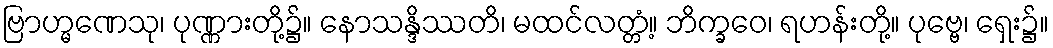
ဗြာဟ္မဏေသု၊ ပုဏ္ဏားတို့၌။ နောသန္ဒိဿတိ၊ မထင်လတ္တံ့။ ဘိက္ခဝေ၊ ရဟန်းတို့။ ပုဗ္ဗေ၊ ရှေး၌။